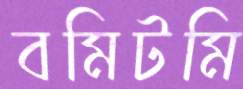
বমিটমি